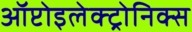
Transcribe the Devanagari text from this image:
ऑप्टोइलेक्ट्रोनिक्स